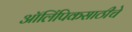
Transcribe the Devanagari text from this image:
ऑलिंपिकसाठीचे